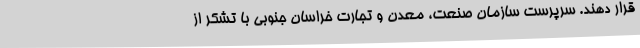
قرار دهند. سرپرست سازمان صنعت، معدن و تجارت خراسان جنوبی با تشکر از